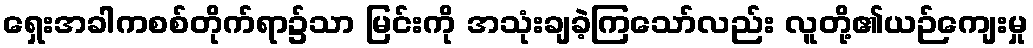
ရှေးအခါကစစ်တိုက်ရာ၌သာ မြင်းကို အသုံးချခဲ့ကြသော်လည်း လူတို့၏ယဉ်ကျေးမှု